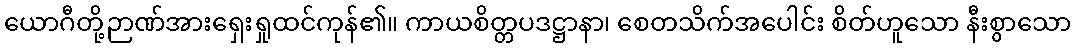
ယောဂီတို့ဉာဏ်အားရှေးရှုထင်ကုန်၏။ ကာယစိတ္တပဒဋ္ဌာနာ၊ စေတသိက်အပေါင်း စိတ်ဟူသော နီးစွာသော